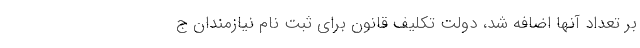
بر تعداد آنها اضافه شد، دولت تکلیف قانون برای ثبت نام نیازمندان ج